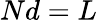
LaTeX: Nd=L